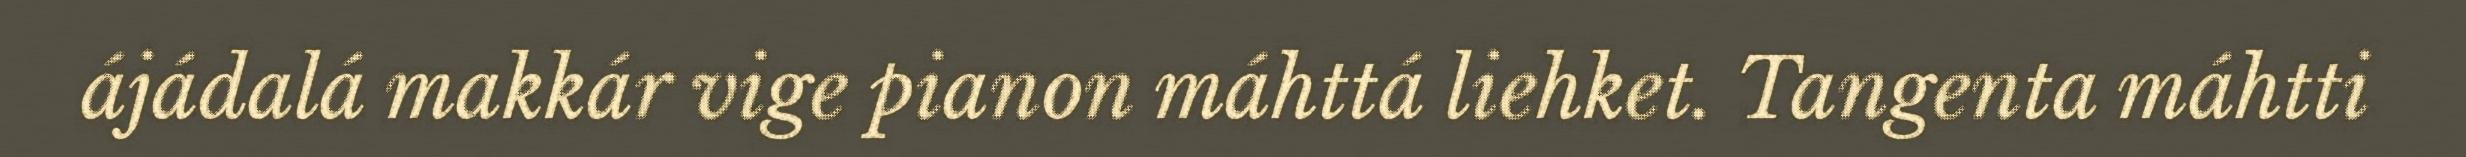
ájádalá makkár vige pianon máhttá liehket. Tangenta máhtti